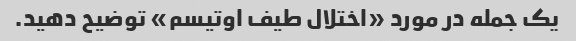
یک جمله در مورد «اختلال طیف اوتیسم» توضیح دهید.